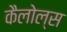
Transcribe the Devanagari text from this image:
कैलोल्स